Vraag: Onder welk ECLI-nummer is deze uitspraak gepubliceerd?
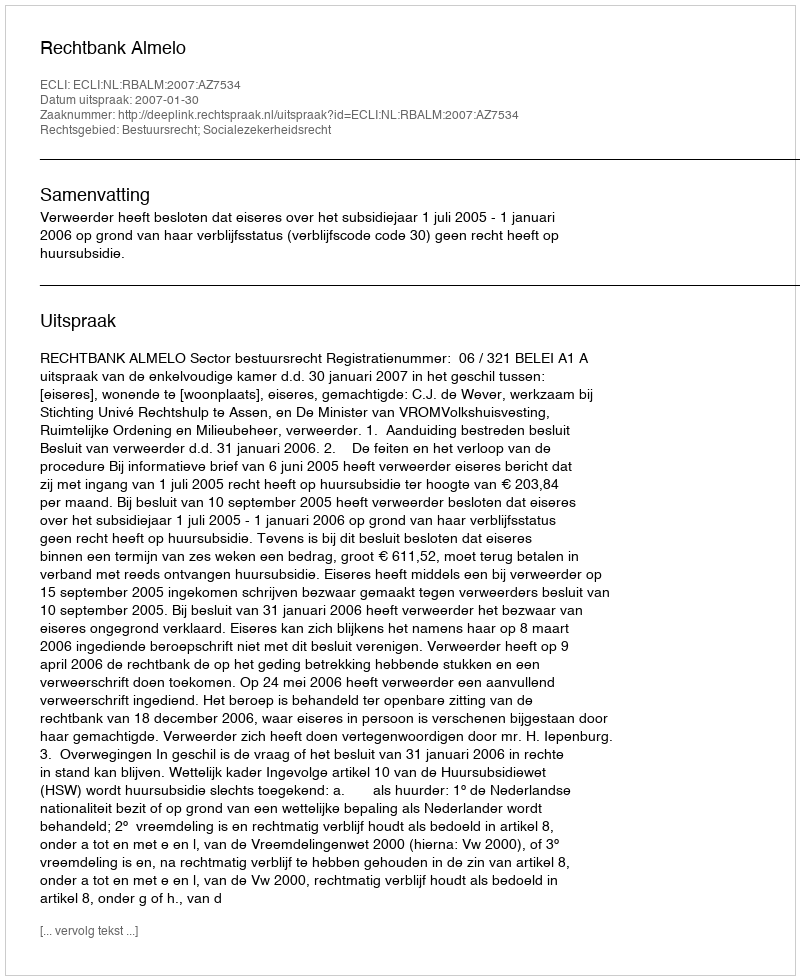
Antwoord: ECLI:NL:RBALM:2007:AZ7534